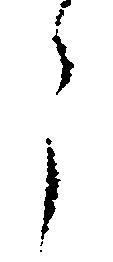
々